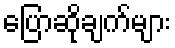
ပြောဆိုချက်များ